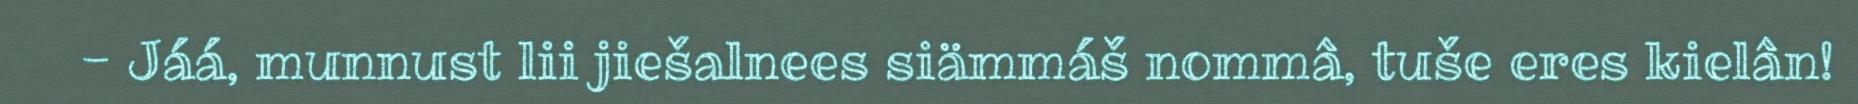
- Jáá, munnust lii jiešalnees siämmáš nommâ, tuše eres kielân!